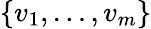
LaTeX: \{ v_{1},\dotsc,v_{m}\}